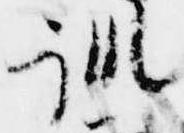
訓